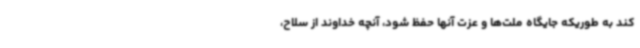
کند به طوریکه جایگاه ملت‌ها و عزت آنها حفظ شود، آنچه خداوند از سلاح،